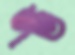
ণত